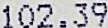
102.39